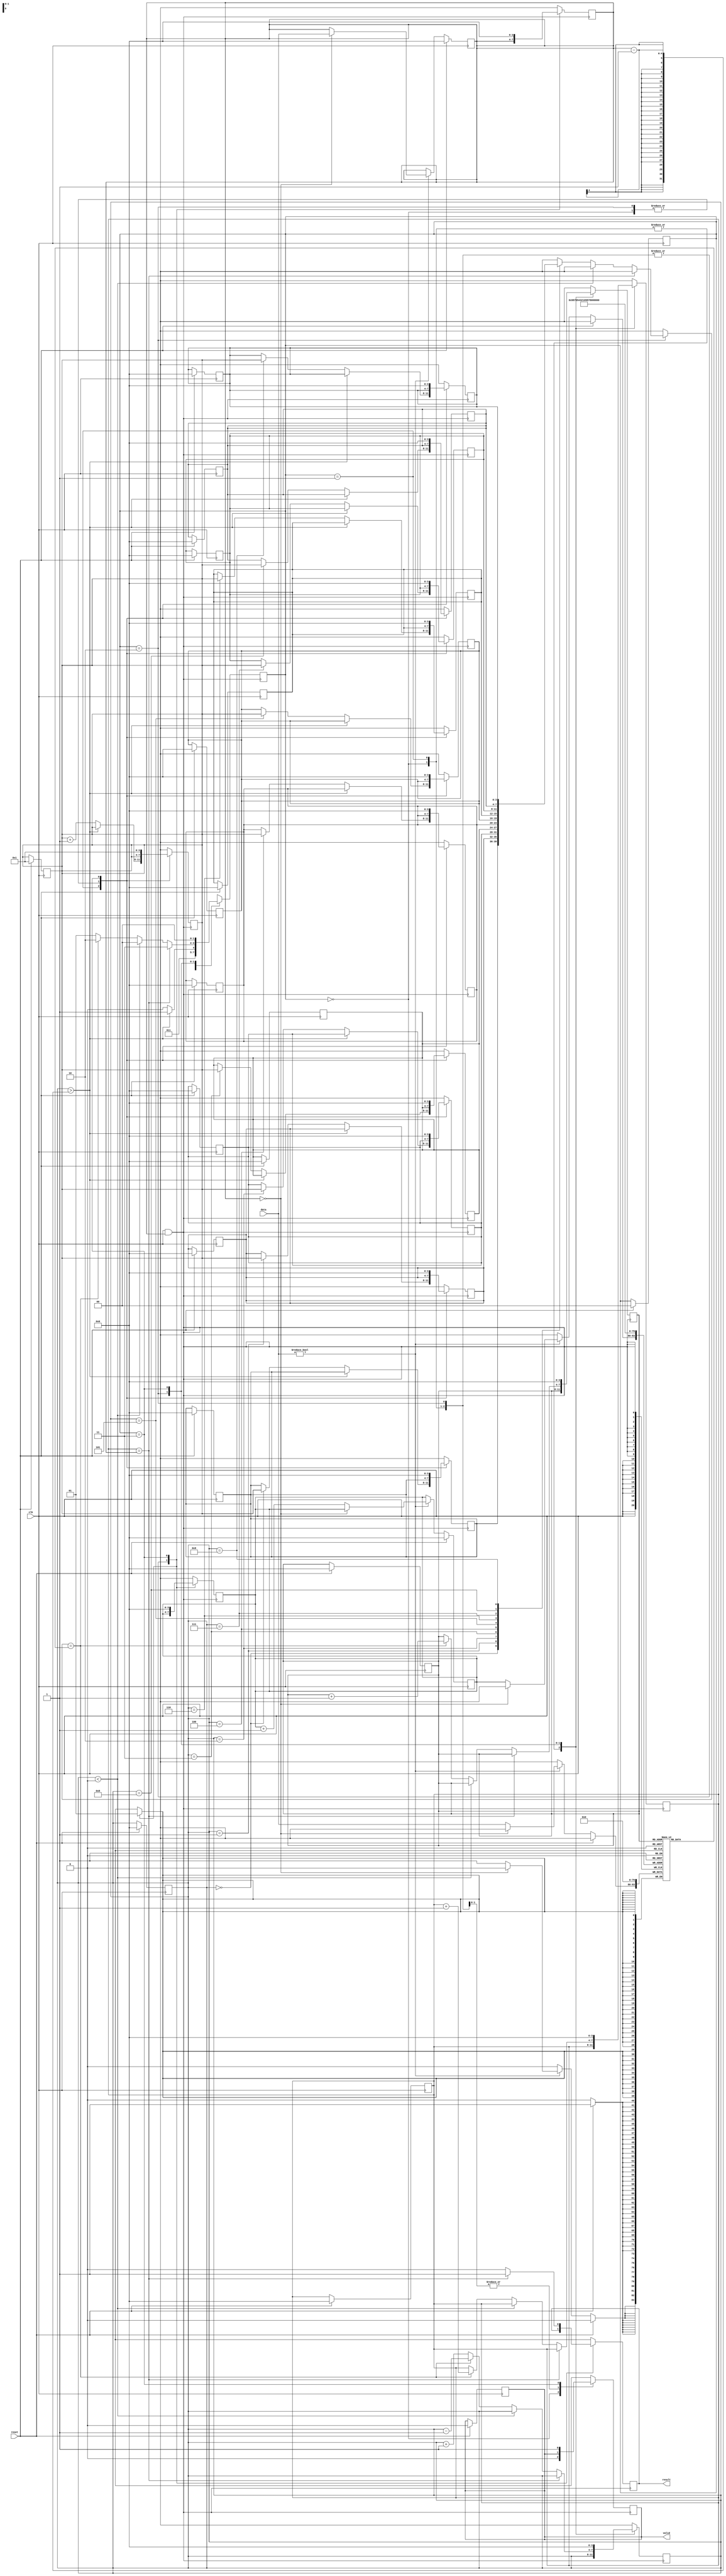
module rails(clk, reset, data, valid, result);

input        clk;
input        reset;
input  [3:0] data;
output       valid;
output       result;

reg valid, result;

reg [3:0] answer = 0;
reg [3:0] count = 0;
reg [3:0] digit = 1;
reg [3:0] ptr1 = 0;
reg [3:0] top1 = 0;
reg [3:0] ptr2 = 0;

reg [3:0] stack [9:0];
reg [3:0] order [9:0];
reg [1:0] state;

parameter IDLE = 2'b00;
parameter PUSH = 2'b01;
parameter POP = 2'b10;
parameter OUTPUT = 2'b11;

always @(posedge clk) begin
    if(reset)begin
        state = IDLE;
        answer = 0;
        count = 0;
        digit = 1;
        ptr1 = 0;
        top1 = 0;
        ptr2 = 0;
        valid = 0;
        stack[0] = 4'b0000;
        stack[1] = 4'b0000;
        stack[2] = 4'b0000;
        stack[3] = 4'b0000;
        stack[4] = 4'b0000;
        stack[5] = 4'b0000;
        stack[6] = 4'b0000;
        stack[7] = 4'b0000;
        stack[8] = 4'b0000;
        stack[9] = 4'b0000;
        order[0] = 4'b0000;
        order[1] = 4'b0000;
        order[2] = 4'b0000;
        order[3] = 4'b0000;
        order[4] = 4'b0000;
        order[5] = 4'b0000;
        order[6] = 4'b0000;
        order[7] = 4'b0000;
        order[8] = 4'b0000;
        order[9] = 4'b0000;
    end else begin
        if(data)begin
            if(answer == 0)begin
                answer = data;
            end else begin
                order[top1] = data;
                top1 = top1 + 1;
            end
        end else begin
            answer=answer;        
        end
    end
end

always @(posedge clk && answer) begin
    case (state)
        IDLE:begin
     valid = 0;
            state = PUSH;
 end
        PUSH:
            if(ptr2 > answer - 1)begin
                state = OUTPUT;
            end else begin
                stack[ptr2] = digit;
                digit = digit + 1;

                state = POP; 
            end
        POP:
            if(count == answer)begin
                state = OUTPUT;
            end else begin
                if(ptr2 < 0)begin
                    state = IDLE;
                end else begin
                    if(stack[ptr2] == order[ptr1])begin
                        count = count + 1;
                        ptr2 = ptr2 - 1;
                        ptr1 = ptr1 + 1;

                        state = POP;
                    end else begin
                        ptr2 = ptr2+1;

                        state = PUSH;
                    end
                end
            end

        OUTPUT:begin
            if(count == answer)begin
                result = 1;
            end else begin
                result = 0;
            end
            valid = 1;
            state = IDLE;
            answer = 0;
            count = 0;
            digit = 1;
            ptr1 = 0;
            top1 = 0;
            ptr2 = 0;
            stack[0] = 4'b0000;
            stack[1] = 4'b0000;
            stack[2] = 4'b0000;
            stack[3] = 4'b0000;
            stack[4] = 4'b0000;
            stack[5] = 4'b0000;
            stack[6] = 4'b0000;
            stack[7] = 4'b0000;
            stack[8] = 4'b0000;
            stack[9] = 4'b0000;
            order[0] = 4'b0000;
            order[1] = 4'b0000;
            order[2] = 4'b0000;
            order[3] = 4'b0000;
            order[4] = 4'b0000;
            order[5] = 4'b0000;
            order[6] = 4'b0000;
            order[7] = 4'b0000;
            order[8] = 4'b0000;
            order[9] = 4'b0000;
        end
    endcase
end

endmodule